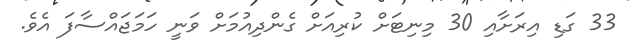
33 ގަޑި އިރަށާއި 30 މިނިޓަށް ކުރިއަށް ގެންދިއުމަށް ވަނީ ހަމަޖައްސާފަ އެވެ.